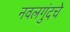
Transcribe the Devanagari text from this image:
नवलगुंदचे